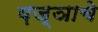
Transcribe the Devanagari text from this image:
य़ज्ञाचे